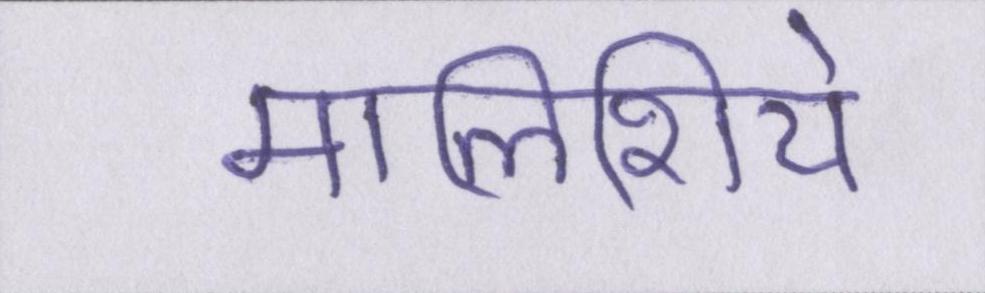
मालिशिये